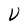
Character: V